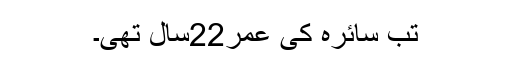
تب سائرہ کی عمر22سال تھی۔